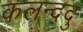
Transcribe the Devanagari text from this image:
कलन्ददु